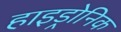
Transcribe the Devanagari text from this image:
हाइड्रोनिक